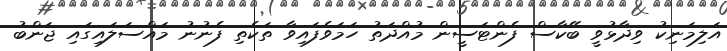
އަލިމަނިކު ވިދާޅުވީ ބޭކާސް ފެންޓަސީން މުއްދަތު ހަމަވެފައިވާ ތަކެތި ފެނުނު މައްސަލައިގައި ޖަންބު